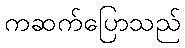
ကဆက်ပြောသည်